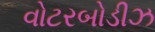
વોટરબોડીઝ